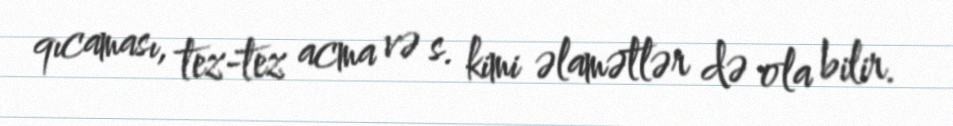
qıcaması, tez-tez acma və s. kimi əlamətlər də ola bilir.